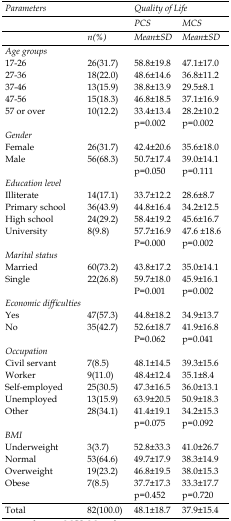
<table><thead><tr><td><b><i>Parameters</i></b></td><td colspan="3"><b><i>Quality of Life</i></b></td></tr><tr><td></td><td></td><td><b><i>PCS</i></b></td><td><b><i>MCS</i></b></td></tr><tr><td></td><td><b><i>n(%)</i></b></td><td><b><i>Mean±SD</i></b></td><td><b><i>Mean±SD</i></b></td></tr><tr><td><b>Age groups </b></td><td></td><td></td><td></td></tr></thead><tbody><tr><td>17-2627-3637-4647-5657 or over</td><td>26(31.7)18(22.0)13(15.9)15(18.3)10(12.2)</td><td>58.8±19.848.6±14.638.8±13.946.8±18.533.4±13.4p=0.002</td><td>47.1±17.036.8±11.229.5±8.137.1±16.928.2±10.2p=0.002</td></tr><tr><td>Gender</td><td></td><td></td><td></td></tr><tr><td>FemaleMale</td><td>26(31.7)56(68.3)</td><td>42.4±20.650.7±17.4p=0.050</td><td>35.6±18.039.0±14.1p=0.111</td></tr><tr><td>Education level</td><td></td><td></td><td></td></tr><tr><td>IlliteratePrimary schoolHigh schoolUniversity</td><td>14(17.1)36(43.9)24(29.2)8(9.8)</td><td>33.7±12.244.8±16.458.4±19.257.7±16.9P=0.000</td><td>28.6±8.734.2±12.545.6±16.747.6 ±18.6p=0.002</td></tr><tr><td>Marital status</td><td></td><td></td><td></td></tr><tr><td>MarriedSingle</td><td>60(73.2)22(26.8)</td><td>43.8±17.259.7±18.0P=0.001</td><td>35.0±14.145.9±16.1p=0.002</td></tr><tr><td>Economic difficulties</td><td></td><td></td><td></td></tr><tr><td>YesNo</td><td>47(57.3)35(42.7)</td><td>44.8±18.252.6±18.7P=0.062</td><td>34.9±13.741.9±16.8p=0.041</td></tr><tr><td>Occupation</td><td></td><td></td><td></td></tr><tr><td>Civil servantWorkerSelf-employedUnemployedOther</td><td>7(8.5)9(11.0)25(30.5)13(15.9)28(34.1)</td><td>48.1±14.548.4±12.447.3±16.563.9±20.541.4±19.1p=0.075</td><td>39.3±15.635.1±8.436.0±13.150.9±18.334.2±15.3p=0.092</td></tr><tr><td>BMI </td><td></td><td></td><td></td></tr><tr><td>UnderweightNormalOverweightObese</td><td>3(3.7)53(64.6)19(23.2)7(8.5)</td><td>52.8±33.349.7±17.946.8±19.537.7±17.3p=0.452</td><td>41.0±26.738.3±14.938.0±15.333.3±17.7p=0.720</td></tr></tbody></table>